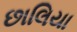
છાલિયા